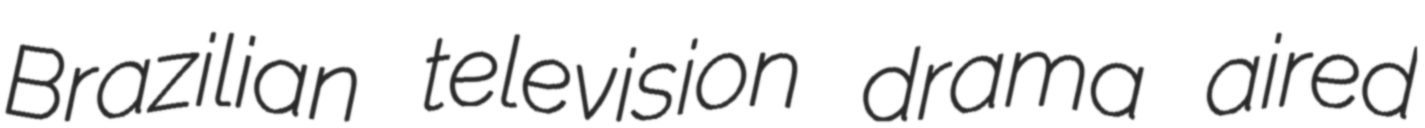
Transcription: Brazilian television drama aired